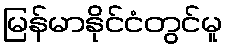
မြန်မာနိုင်ငံတွင်မူ